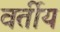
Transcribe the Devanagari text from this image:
वर्तीय